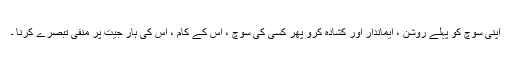
اپنی سوچ کو پہلے روشن ، ایماندار اور کشادہ کرو پھر کسی کی سوچ ، اس کے کام ، اس کی ہار جیت پر منفی تبصرے کرنا ۔